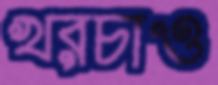
খরচাও